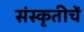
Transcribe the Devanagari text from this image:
संस्कृतीचें